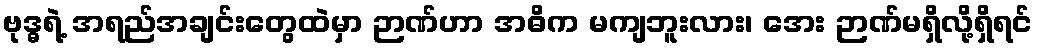
ဗုဒ္ဓရဲ့ အရည်အချင်းတွေထဲမှာ ဉာဏ်ဟာ အဓိက မကျဘူးလား၊ အေး ဉာဏ်မရှိလို့ရှိရင်